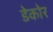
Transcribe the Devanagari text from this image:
डेकोर